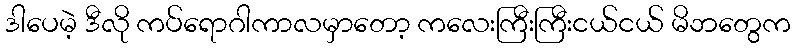
ဒါပေမဲ့ ဒီလို ကပ်ရောဂါကာလမှာတော့ ကလေးကြီးကြီးငယ်ငယ် မိဘတွေက